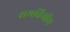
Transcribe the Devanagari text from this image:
समविमीय